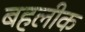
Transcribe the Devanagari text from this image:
बहलीक